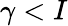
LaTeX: \gamma<I